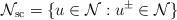
LaTeX: \begin{align*}{\mathcal N}_{\rm sc}=\{u\in {\mathcal N}: u^\pm\in {\mathcal N}\}\end{align*}